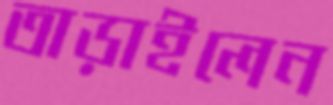
তাড়াইলেন